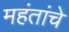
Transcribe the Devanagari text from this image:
महंतांचे